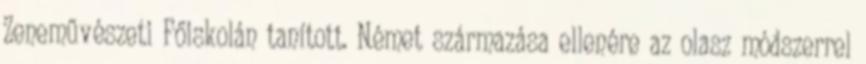
Zeneművészeti Főiskolán tanított. Német származása ellenére az olasz módszerrel